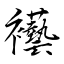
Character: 襼